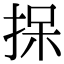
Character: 𪭷